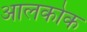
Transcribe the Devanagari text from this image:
आलकोक